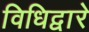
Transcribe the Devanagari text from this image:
विधिद्वारे